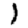
Digit: 1